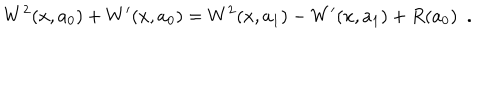
W ^ { 2 } ( x , a _ { 0 } ) + W ^ { \prime } ( x , a _ { 0 } ) = W ^ { 2 } ( x , a _ { 1 } ) - W ^ { \prime } ( x , a _ { 1 } ) + R ( a _ { 0 } ) ~ ~ .